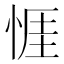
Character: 𢛄